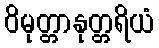
ဝိမုတ္တာနုတ္တရိယံ